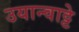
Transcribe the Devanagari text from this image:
उयान्वाट्टे